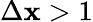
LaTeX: \Delta\mathbf{x}>1